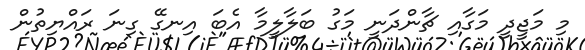
މި މަޖީދީ މަގާއި ޗާންދަނީ މަގު ބަލާލީމާ އެބަ އިނގޭ ގިނަ ރައްޔިތުން